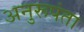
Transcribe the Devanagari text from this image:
अनुरूपंता